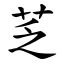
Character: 䒦